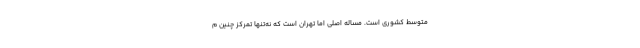
متوسط کشوری است. مساله اصلی اما تهران است که نه‌تنها تمرکز چنین م